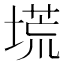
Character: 塃